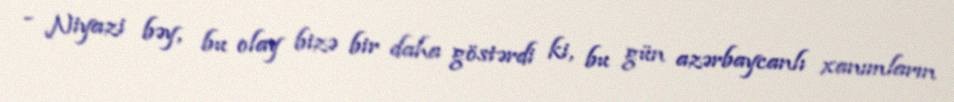
- Niyazi bəy, bu olay bizə bir daha göstərdi ki, bu gün azərbaycanlı xanımların